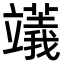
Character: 𥪺